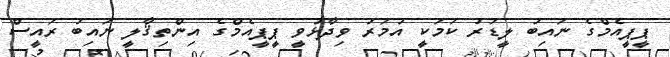
ޕީޕީއެމްގެ ނައިބު ލީޑަރު ކަމަކީ އުމަރު ވިދާޅުވީ ޕީޕީއެމްގެ އިންތިޤާލީ ނައިބު ރައީސް